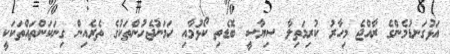
އަޅުގަނޑުމެންގެ ރާއްޖެ މިހާރު ކުރިމަތިލާ ސިޔާސީ ބޮޑެތި ކޯޅުމާއި ހަމަނުޖެހުންތަކުގެ ތެރެއިން ގިނަކަންތައްތަކަކީ